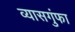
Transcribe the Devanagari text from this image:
व्यासगुंफा